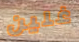
غلين